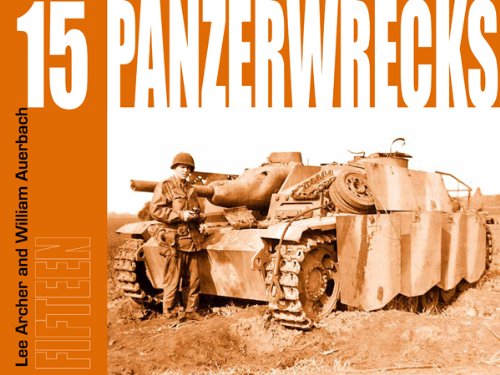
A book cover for Panzerwrecks 15 - German Armour 1944-45; Lee Archer & William Auerbach; History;